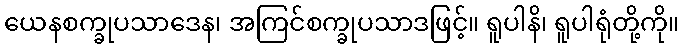
ယေနစက္ခုပသာဒေန၊ အကြင်စက္ခုပသာဒဖြင့်။ ရူပါနိ၊ ရူပါရုံတို့ကို။